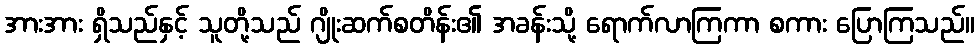
အားအား ရှိသည်နှင့် သူတို့သည် ဂျိုးဆက်စတိန်း၏ အခန်းသို့ ရောက်လာကြကာ စကား ပြောကြသည်။